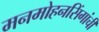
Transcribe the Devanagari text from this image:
मनमोहनसिंगांची